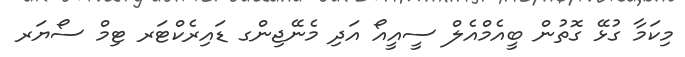
މިކަމާ ގުޅޭ ގޮތުން ބީއެމްއެލް ސީއީއޯ އަދި މެނޭޖިންގ ޑައިރެކްޓަރ ޓިމް ސޯޔަރ